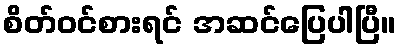
စိတ်ဝင်စားရင် အဆင်ပြေပါပြီ။